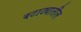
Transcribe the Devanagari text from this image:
बटाट्यातील